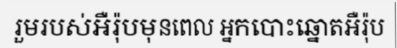
រួមរបស់អឺរ៉ុបមុនពេល អ្នកបោះឆ្នោតអឺរ៉ុប